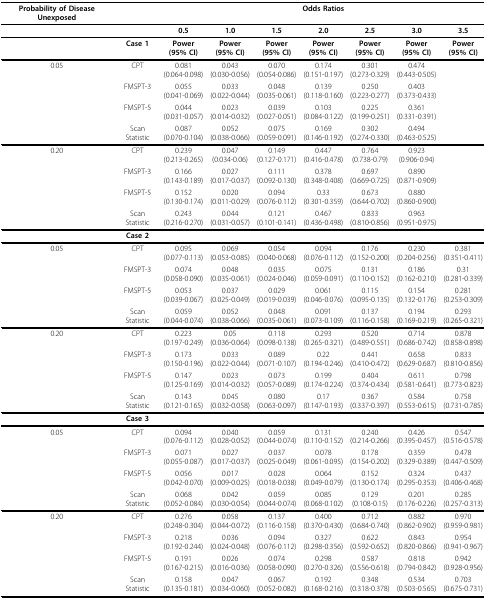
<table><thead><tr><td><b>Probability of Disease Unexposed</b></td><td></td><td colspan="7"><b>Odds Ratios</b></td></tr></thead><tbody><tr><td></td><td></td><td><b>0.5</b></td><td><b>1.0</b></td><td><b>1.5</b></td><td><b>2.0</b></td><td><b>2.5</b></td><td><b>3.0</b></td><td><b>3.5</b></td></tr><tr><td></td><td><b>Case 1</b></td><td><b>Power</b><b>(95% CI)</b></td><td><b>Power</b><b>(95% CI)</b></td><td><b>Power</b><b>(95% CI)</b></td><td><b>Power</b><b>(95% CI)</b></td><td><b>Power</b><b>(95% CI)</b></td><td><b>Power</b><b>(95% CI)</b></td><td><b>Power</b><b>(95% CI)</b></td></tr><tr><td>0.05</td><td>CPT</td><td>0.081(0.064-0.098)</td><td>0.043(0.030-0.056)</td><td>0.070(0.054-0.086)</td><td>0.174(0.151-0.197)</td><td>0.301(0.273-0.329)</td><td>0.474(0.443-0.505)</td><td></td></tr><tr><td></td><td>FMSPT-3</td><td>0.055(0.041-0.069)</td><td>0.033(0.022-0.044)</td><td>0.048(0.035-0.061)</td><td>0.139(0.118-0.160)</td><td>0.250(0.223-0.277)</td><td>0.403(0.373-0.433)</td><td></td></tr><tr><td></td><td>FMSPT-5</td><td>0.044(0.031-0.057)</td><td>0.023(0.014-0.032)</td><td>0.039(0.027-0.051)</td><td>0.103(0.084-0.122)</td><td>0.225(0.199-0.251)</td><td>0.361(0.331-0.391)</td><td></td></tr><tr><td></td><td>Scan Statistic</td><td>0.087(0.070-0.104)</td><td>0.052(0.038-0.066)</td><td>0.075(0.059-0.091)</td><td>0.169(0.146-0.192)</td><td>0.302(0.274-0.330)</td><td>0.494(0.463-0.525)</td><td></td></tr><tr><td>0.20</td><td>CPT</td><td>0.239(0.213-0.265)</td><td>0.047(0.034-0.06)</td><td>0.149(0.127-0.171)</td><td>0.447(0.416-0.478)</td><td>0.764(0.738-0.79)</td><td>0.923(0.906-0.94)</td><td></td></tr><tr><td></td><td>FMSPT-3</td><td>0.166(0.143-0.189)</td><td>0.027(0.017-0.037)</td><td>0.111(0.092-0.130)</td><td>0.378(0.348-0.408)</td><td>0.697(0.669-0.725)</td><td>0.890(0.871-0.909)</td><td></td></tr><tr><td></td><td>FMSPT-5</td><td>0.152(0.130-0.174)</td><td>0.020(0.011-0.029)</td><td>0.094(0.076-0.112)</td><td>0.33(0.301-0.359)</td><td>0.673(0.644-0.702)</td><td>0.880(0.860-0.900)</td><td></td></tr><tr><td></td><td>Scan Statistic</td><td>0.243(0.216-0.270)</td><td>0.044(0.031-0.057)</td><td>0.121(0.101-0.141)</td><td>0.467(0.436-0.498)</td><td>0.833(0.810-0.856)</td><td>0.963(0.951-0.975)</td><td></td></tr><tr><td></td><td><b>Case 2</b></td><td></td><td></td><td></td><td></td><td></td><td></td><td></td></tr><tr><td>0.05</td><td>CPT</td><td>0.095(0.077-0.113)</td><td>0.069(0.053-0.085)</td><td>0.054(0.040-0.068)</td><td>0.094(0.076-0.112)</td><td>0.176(0.152-0.200)</td><td>0.230(0.204-0.256)</td><td>0.381(0.351-0.411)</td></tr><tr><td></td><td>FMSPT-3</td><td>0.074(0.058-0.090)</td><td>0.048(0.035-0.061)</td><td>0.035(0.024-0.046)</td><td>0.075(0.059-0.091)</td><td>0.131(0.110-0.152)</td><td>0.186(0.162-0.210)</td><td>0.31(0.281-0.339)</td></tr><tr><td></td><td>FMSPT-5</td><td>0.053(0.039-0.067)</td><td>0.037(0.025-0.049)</td><td>0.029(0.019-0.039)</td><td>0.061(0.046-0.076)</td><td>0.115(0.095-0.135)</td><td>0.154(0.132-0.176)</td><td>0.281(0.253-0.309)</td></tr><tr><td></td><td>Scan Statistic</td><td>0.059(0.044-0.074)</td><td>0.052(0.038-0.066)</td><td>0.048(0.035-0.061)</td><td>0.091(0.073-0.109)</td><td>0.137(0.116-0.158)</td><td>0.194(0.169-0.219)</td><td>0.293(0.265-0.321)</td></tr><tr><td>0.20</td><td>CPT</td><td>0.223(0.197-0.249)</td><td>0.05(0.036-0.064)</td><td>0.118(0.098-0.138)</td><td>0.293(0.265-0.321)</td><td>0.520(0.489-0.551)</td><td>0.714(0.686-0.742)</td><td>0.878(0.858-0.898)</td></tr><tr><td></td><td>FMSPT-3</td><td>0.173(0.150-0.196)</td><td>0.033(0.022-0.044)</td><td>0.089(0.071-0.107)</td><td>0.22(0.194-0.246)</td><td>0.441(0.410-0.472)</td><td>0.658(0.629-0.687)</td><td>0.833(0.810-0.856)</td></tr><tr><td></td><td>FMSPT-5</td><td>0.147(0.125-0.169)</td><td>0.023(0.014-0.032)</td><td>0.073(0.057-0.089)</td><td>0.199(0.174-0.224)</td><td>0.404(0.374-0.434)</td><td>0.611(0.581-0.641)</td><td>0.798(0.773-0.823)</td></tr><tr><td></td><td>Scan Statistic</td><td>0.143(0.121-0.165)</td><td>0.045(0.032-0.058)</td><td>0.080(0.063-0.097)</td><td>0.17(0.147-0.193)</td><td>0.367(0.337-0.397)</td><td>0.584(0.553-0.615)</td><td>0.758(0.731-0.785)</td></tr><tr><td></td><td><b>Case 3</b></td><td></td><td></td><td></td><td></td><td></td><td></td><td></td></tr><tr><td>0.05</td><td>CPT</td><td>0.094(0.076-0.112)</td><td>0.040(0.028-0.052)</td><td>0.059(0.044-0.074)</td><td>0.131(0.110-0.152)</td><td>0.240(0.214-0.266)</td><td>0.426(0.395-0.457)</td><td>0.547(0.516-0.578)</td></tr><tr><td></td><td>FMSPT-3</td><td>0.071(0.055-0.087)</td><td>0.027(0.017-0.037)</td><td>0.037(0.025-0.049)</td><td>0.078(0.061-0.095)</td><td>0.178(0.154-0.202)</td><td>0.359(0.329-0.389)</td><td>0.478(0.447-0.509)</td></tr><tr><td></td><td>FMSPT-5</td><td>0.056(0.042-0.070)</td><td>0.017(0.009-0.025)</td><td>0.028(0.018-0.038)</td><td>0.064(0.049-0.079)</td><td>0.152(0.130-0.174)</td><td>0.324(0.295-0.353)</td><td>0.437(0.406-0.468)</td></tr><tr><td></td><td>Scan Statistic</td><td>0.068(0.052-0.084)</td><td>0.042(0.030-0.054)</td><td>0.059(0.044-0.074)</td><td>0.085(0.068-0.102)</td><td>0.129(0.108-0.15)</td><td>0.201(0.176-0.226)</td><td>0.285(0.257-0.313)</td></tr><tr><td>0.20</td><td>CPT</td><td>0.276(0.248-0.304)</td><td>0.058(0.044-0.072)</td><td>0.137(0.116-0.158)</td><td>0.400(0.370-0.430)</td><td>0.712(0.684-0.740)</td><td>0.882(0.862-0.902)</td><td>0.970(0.959-0.981)</td></tr><tr><td></td><td>FMSPT-3</td><td>0.218(0.192-0.244)</td><td>0.036(0.024-0.048)</td><td>0.094(0.076-0.112)</td><td>0.327(0.298-0.356)</td><td>0.622(0.592-0.652)</td><td>0.843(0.820-0.866)</td><td>0.954(0.941-0.967)</td></tr><tr><td></td><td>FMSPT-5</td><td>0.191(0.167-0.215)</td><td>0.026(0.016-0.036)</td><td>0.074(0.058-0.090)</td><td>0.298(0.270-0.326)</td><td>0.587(0.556-0.618)</td><td>0.818(0.794-0.842)</td><td>0.942(0.928-0.956)</td></tr><tr><td></td><td>Scan Statistic</td><td>0.158(0.135-0.181)</td><td>0.047(0.034-0.060)</td><td>0.067(0.052-0.082)</td><td>0.192(0.168-0.216)</td><td>0.348(0.318-0.378)</td><td>0.534(0.503-0.565)</td><td>0.703(0.675-0.731)</td></tr></tbody></table>